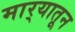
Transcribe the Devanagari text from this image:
मार्‍यातून